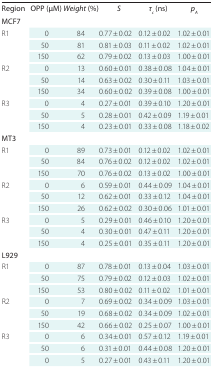
<table><thead><tr><td><b>Region</b></td><td><b>OPP (μM)</b></td><td><b><i>Weight</i> (%)</b></td><td><b><i>S</i></b></td><td><b><i>τ<sub>c</sub></i> (ns)</b></td><td><b><i>p<sub>A</sub></i></b></td></tr></thead><tbody><tr><td>MCF7</td><td></td><td></td><td></td><td></td><td></td></tr><tr><td rowspan="3">R1</td><td>0</td><td>84</td><td>0.77 ± 0.02</td><td>0.12 ± 0.02</td><td>1.02 ± 0.01</td></tr><tr><td>50</td><td>81</td><td>0.81 ± 0.03</td><td>0.11 ± 0.02</td><td>1.02 ± 0.01</td></tr><tr><td>150</td><td>62</td><td>0.79 ± 0.02</td><td>0.13 ± 0.03</td><td>1.00 ± 0.01</td></tr><tr><td rowspan="3">R2</td><td>0</td><td>13</td><td>0.60 ± 0.01</td><td>0.38 ± 0.08</td><td>1.04 ± 0.01</td></tr><tr><td>50</td><td>14</td><td>0.63 ± 0.02</td><td>0.30 ± 0.11</td><td>1.03 ± 0.01</td></tr><tr><td>150</td><td>34</td><td>0.60 ± 0.02</td><td>0.39 ± 0.08</td><td>1.00 ± 0.01</td></tr><tr><td rowspan="3">R3</td><td>0</td><td>4</td><td>0.27 ± 0.01</td><td>0.39 ± 0.10</td><td>1.20 ± 0.01</td></tr><tr><td>50</td><td>5</td><td>0.28 ± 0.01</td><td>0.42 ± 0.09</td><td>1.19 ± 0.01</td></tr><tr><td>150</td><td>4</td><td>0.23 ± 0.01</td><td>0.33 ± 0.08</td><td>1.18 ± 0.02</td></tr><tr><td>MT3</td><td></td><td></td><td></td><td></td><td></td></tr><tr><td rowspan="3">R1</td><td>0</td><td>89</td><td>0.73 ± 0.01</td><td>0.12 ± 0.02</td><td>1.02 ± 0.01</td></tr><tr><td>50</td><td>84</td><td>0.76 ± 0.02</td><td>0.12 ± 0.02</td><td>1.02 ± 0.01</td></tr><tr><td>150</td><td>70</td><td>0.76 ± 0.02</td><td>0.13 ± 0.02</td><td>1.00 ± 0.01</td></tr><tr><td rowspan="3">R2</td><td>0</td><td>6</td><td>0.59 ± 0.01</td><td>0.44 ± 0.09</td><td>1.04 ± 0.01</td></tr><tr><td>50</td><td>12</td><td>0.62 ± 0.01</td><td>0.33 ± 0.12</td><td>1.04 ± 0.01</td></tr><tr><td>150</td><td>26</td><td>0.62 ± 0.02</td><td>0.30 ± 0.06</td><td>1.01 ± 0.01</td></tr><tr><td rowspan="3">R3</td><td>0</td><td>5</td><td>0.29 ± 0.01</td><td>0.46 ± 0.10</td><td>1.20 ± 0.01</td></tr><tr><td>50</td><td>4</td><td>0.30 ± 0.01</td><td>0.47 ± 0.11</td><td>1.20 ± 0.01</td></tr><tr><td>150</td><td>4</td><td>0.25 ± 0.01</td><td>0.35 ± 0.11</td><td>1.20 ± 0.01</td></tr><tr><td>L929</td><td></td><td></td><td></td><td></td><td></td></tr><tr><td rowspan="3">R1</td><td>0</td><td>87</td><td>0.78 ± 0.01</td><td>0.13 ± 0.04</td><td>1.03 ± 0.01</td></tr><tr><td>50</td><td>75</td><td>0.79 ± 0.02</td><td>0.12 ± 0.03</td><td>1.02 ± 0.01</td></tr><tr><td>150</td><td>53</td><td>0.80 ± 0.02</td><td>0.11 ± 0.02</td><td>1.01 ± 0.01</td></tr><tr><td rowspan="3">R2</td><td>0</td><td>7</td><td>0.69 ± 0.02</td><td>0.34 ± 0.09</td><td>1.03 ± 0.01</td></tr><tr><td>50</td><td>19</td><td>0.68 ± 0.02</td><td>0.34 ± 0.09</td><td>1.02 ± 0.01</td></tr><tr><td>150</td><td>42</td><td>0.66 ± 0.02</td><td>0.25 ± 0.07</td><td>1.00 ± 0.01</td></tr><tr><td rowspan="3">R3</td><td>0</td><td>6</td><td>0.34 ± 0.01</td><td>0.57 ± 0.12</td><td>1.19 ± 0.01</td></tr><tr><td>50</td><td>6</td><td>0.31 ± 0.01</td><td>0.44 ± 0.08</td><td>1.20 ± 0.01</td></tr><tr><td>0</td><td>5</td><td>0.27 ± 0.01</td><td>0.43 ± 0.11</td><td>1.20 ± 0.01</td></tr></tbody></table>